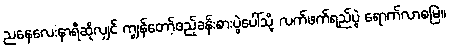
ညနေလေးနာရီဆိုလျှင် ကျွန်တော့်ဧည့်ခန်းစားပွဲပေါ်သို့ လက်ဖက်ရည်ပွဲ ရောက်လာစမြဲ။